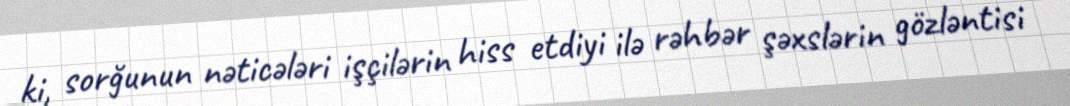
ki, sorğunun nəticələri işçilərin hiss etdiyi ilə rəhbər şəxslərin gözləntisi